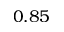
0 . 8 5